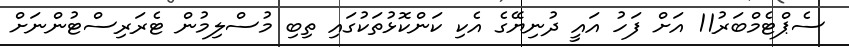
ސެޕްޓެމްބަރު11 އަށް ފަހު އައީ ދުނިޔޭގެ އެކި ކަންކޮޅުތަކުގައި ތިބި މުސްލިމުން ޓެރަރިސްޓުންނަށް